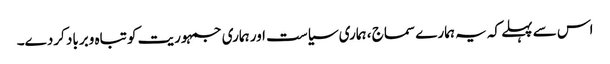
اس سے پہلے کہ یہ ہمارے سماج ، ہماری سیاست اور ہماری جمہوریت کو تباہ وبرباد کردے۔